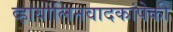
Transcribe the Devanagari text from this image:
व्हायोलिनवादकांपेकी